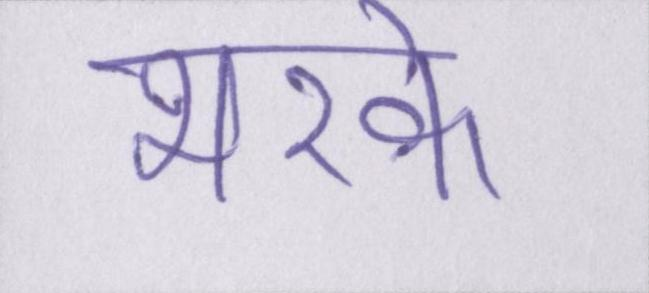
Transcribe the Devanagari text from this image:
भरके